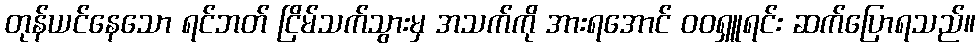
တုန်ယင်နေသော ရင်ဘတ် ငြိမ်သက်သွားမှ အသက်ကို အားရအောင် ဝဝရှူရင်း ဆက်ပြောရသည်။